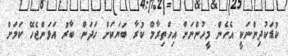
ކުޑަކުދިންނަކީ އެހެން މީހުންނަށް އިހްތިރާމް ކުރާ ބަޔަކަށް ހަދަން ބާރު އަޅަންޖެހޭ ކަމަށް